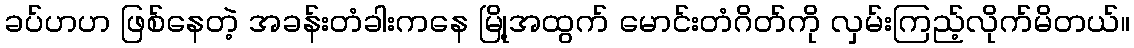
ခပ်ဟဟ ဖြစ်နေတဲ့ အခန်းတံခါးကနေ မြို့အထွက် မောင်းတံဂိတ်ကို လှမ်းကြည့်လိုက်မိတယ်။